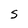
Character: S